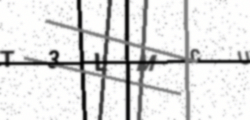
Text: T3LMCU